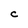
Character: C